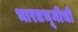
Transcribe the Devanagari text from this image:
भारतभूमीची